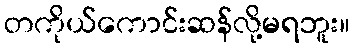
တကိုယ်ကောင်းဆန်လို့မရဘူး။